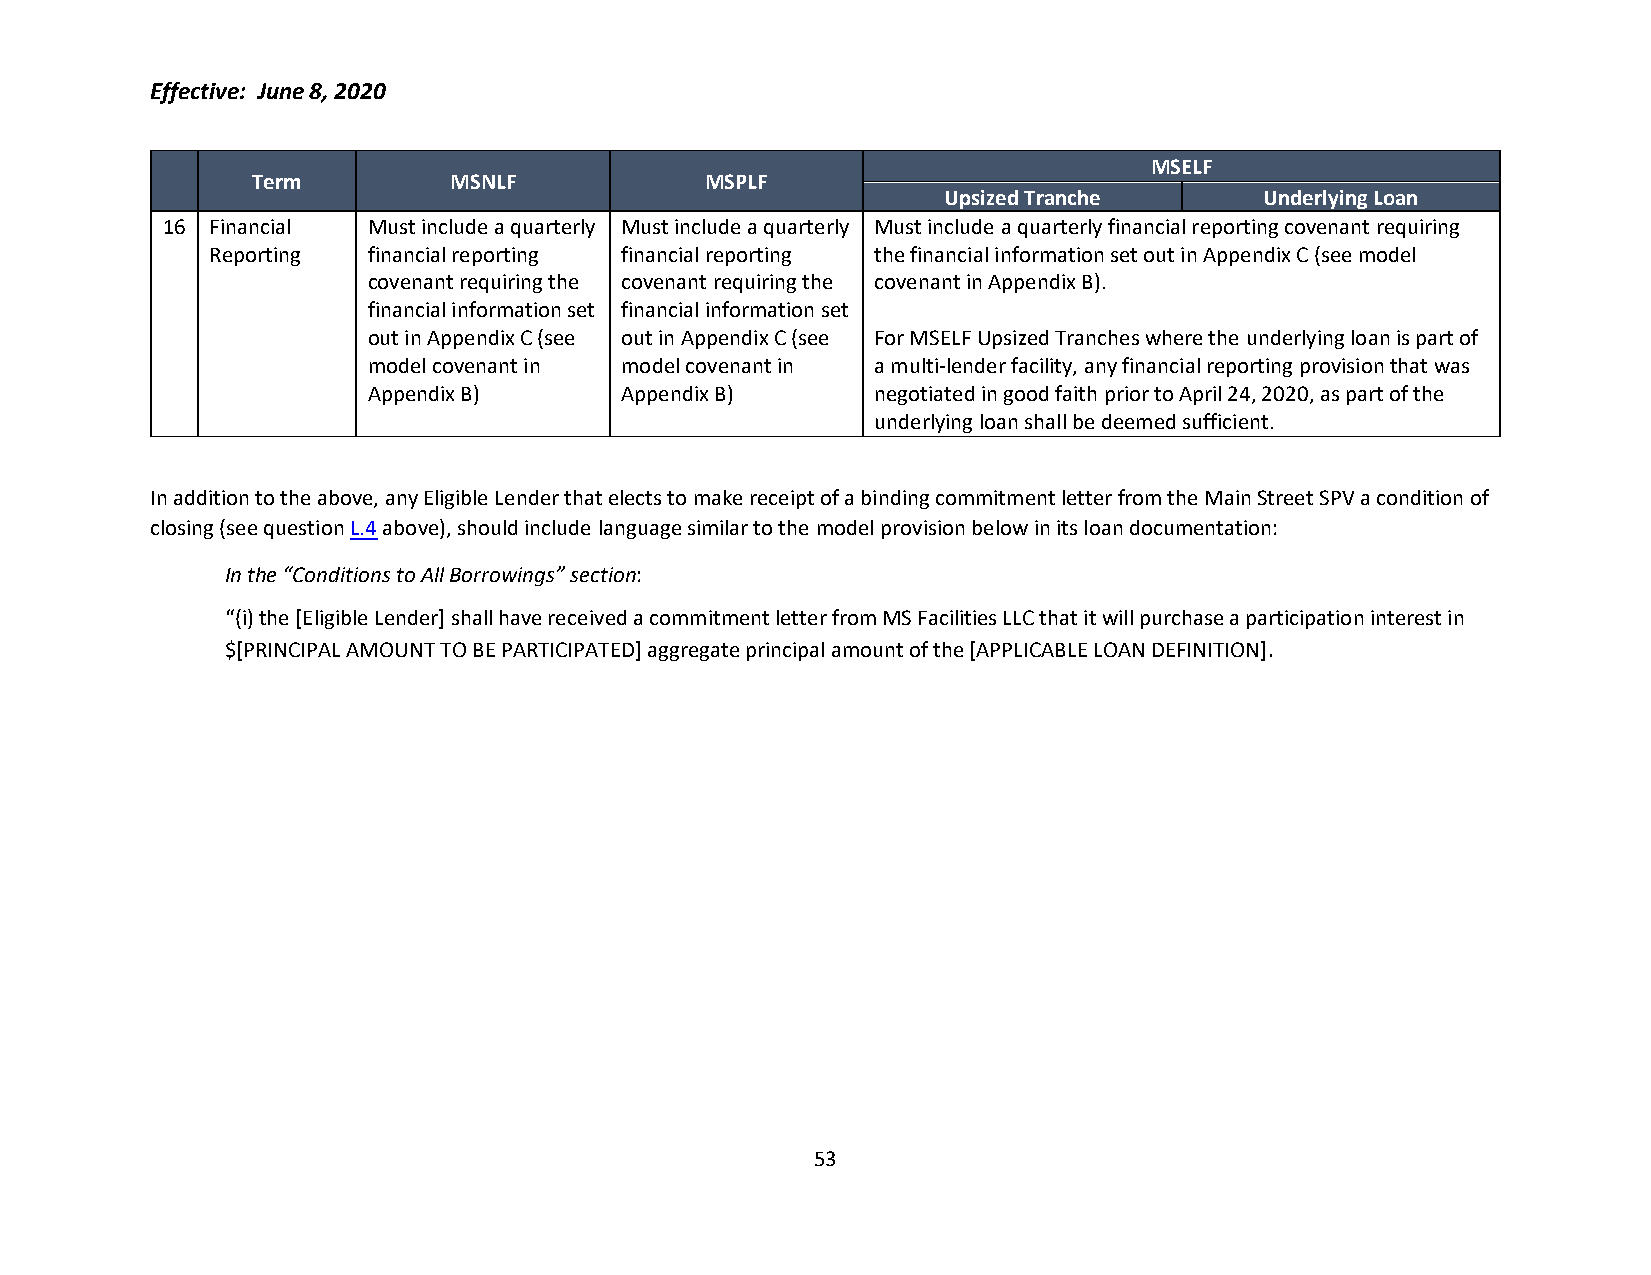
Effective: June 8, 2020
 MSELF
 Term         MSNLF            MSPLF
 Upsized Tranche       Underlying Loan
 16 Financial Must include a quarterly Must include a quarterly Must include a quarterly financial reporting covenant requiring
 Reporting financial reporting financial reporting the financial information set out in Appendix C (see model
 covenant requiring the covenant requiring the covenant in Appendix B).
 financial information set financial information set
 out in Appendix C (see out in Appendix C (see For MSELF Upsized Tranches where the underlying loan is part of
 model covenant in model covenant in a multi-lender facility, any financial reporting provision that was
 Appendix B)      Appendix B)      negotiated in good faith prior to April 24, 2020, as part of the
 underlying loan shall be deemed sufficient.
 In addition to the above, any Eligible Lender that elects to make receipt of a binding commitment letter from the Main Street SPV a condition of
 closing (see question L.4 above), should include language similar to the model provision below in its loan documentation:
 In the “Conditions to All Borrowings” section:
 “(i) the [Eligible Lender] shall have received a commitment letter from MS Facilities LLC that it will purchase a participation interest in
 $[PRINCIPAL AMOUNT TO BE PARTICIPATED] aggregate principal amount of the [APPLICABLE LOAN DEFINITION].
 53